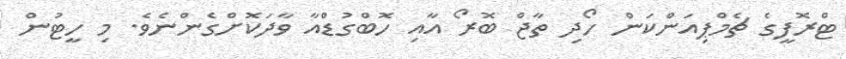
ޓްރޮފީގެ ޗެމްޕިއަންކަން ހޯދި ތާޖް ބޮރޯ އާއި ހޮބްގުޑްއާ ވާދަކޮށްގެންނެވެ. މި ހީޓުން